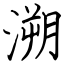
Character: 溯